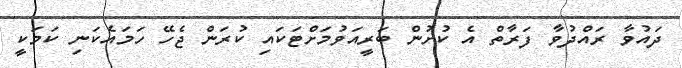
ދައުވާ ރައްދުވާ ފަރާތް އެ ކުށުން ބަރީއަވުމަށްޓަކައި ކުރަން ޖެހޭ ހަމައެކަނި ކަމަކީ